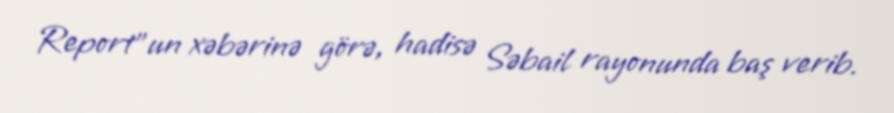
Report"un xəbərinə görə, hadisə Səbail rayonunda baş verib.